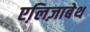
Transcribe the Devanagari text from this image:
एलि़ज़ाबेथ